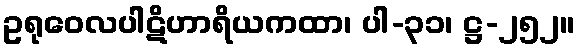
ဥရုဝေလပါဋိဟာရိယကထာ၊ ပါ-၃၁၊ ဋ္ဌ-၂၅၂။